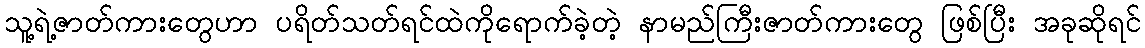
သူ့ရဲ့ဇာတ်ကားတွေဟာ ပရိတ်သတ်ရင်ထဲကိုရောက်ခဲ့တဲ့ နာမည်ကြီးဇာတ်ကားတွေ ဖြစ်ပြီး အခုဆိုရင်